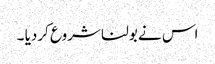
اس نے بولنا شروع کردیا ۔